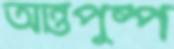
আন্তপুষ্প